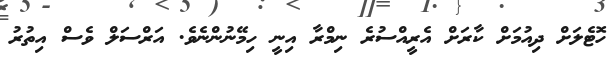
ހޮޓެލަށް ދިއުމަށް ކާރަށް އެރީއްސުރެ ނިމްރާ އިނީ ހިމޭނުންނެވެ. އަރްސަލް ވެސް އިތުރު